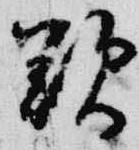
歎